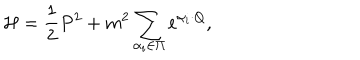
{ \cal H } = { \frac { 1 } { 2 } } P ^ { 2 } + m ^ { 2 } \sum _ { \alpha _ { i } \in \Pi } e ^ { \alpha _ { i } \cdot Q } ,